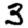
Digit: 3